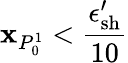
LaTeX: \mathbf{x}_{P_{0}^{1}}<\frac{{\epsilon_{\mathrm{{sh}}}^{\prime}}}{{10}}